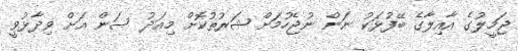
ޖަމީލުގެ އާއިލާގެ ބޭފުޅަކު ނަން ނުޖެހުމަށް ޝަރުތުކޮށް މިއަދު ސަން އަށް ވިދާޅުވީ